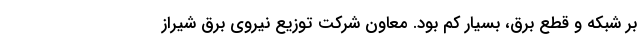
بر شبکه و قطع برق، بسیار کم بود. معاون شرکت توزیع نیروی برق شیراز